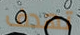
تهدف